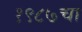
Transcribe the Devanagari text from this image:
१९८७चा